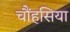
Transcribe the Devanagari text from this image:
चौंहसिया